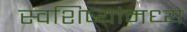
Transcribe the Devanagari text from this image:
स्वशिष्यांमध्ये